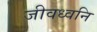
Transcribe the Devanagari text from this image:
जीवध्वनि